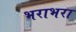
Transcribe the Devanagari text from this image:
भराभरा